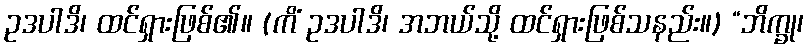
ဥဒပါဒိ၊ ထင်ရှားဖြစ်၏။ (ကိံ ဥဒပါဒိ၊ အဘယ်သို့ ထင်ရှားဖြစ်သနည်း။) “ဘိက္ခု၊